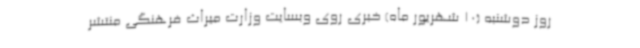
روز دوشنبه (10 شهریور ماه) خبری روی وبسایت وزارت میراث فرهنگی منتشر